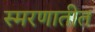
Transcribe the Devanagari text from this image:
स्मरणातीत